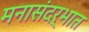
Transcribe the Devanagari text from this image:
मनासंदर्भात